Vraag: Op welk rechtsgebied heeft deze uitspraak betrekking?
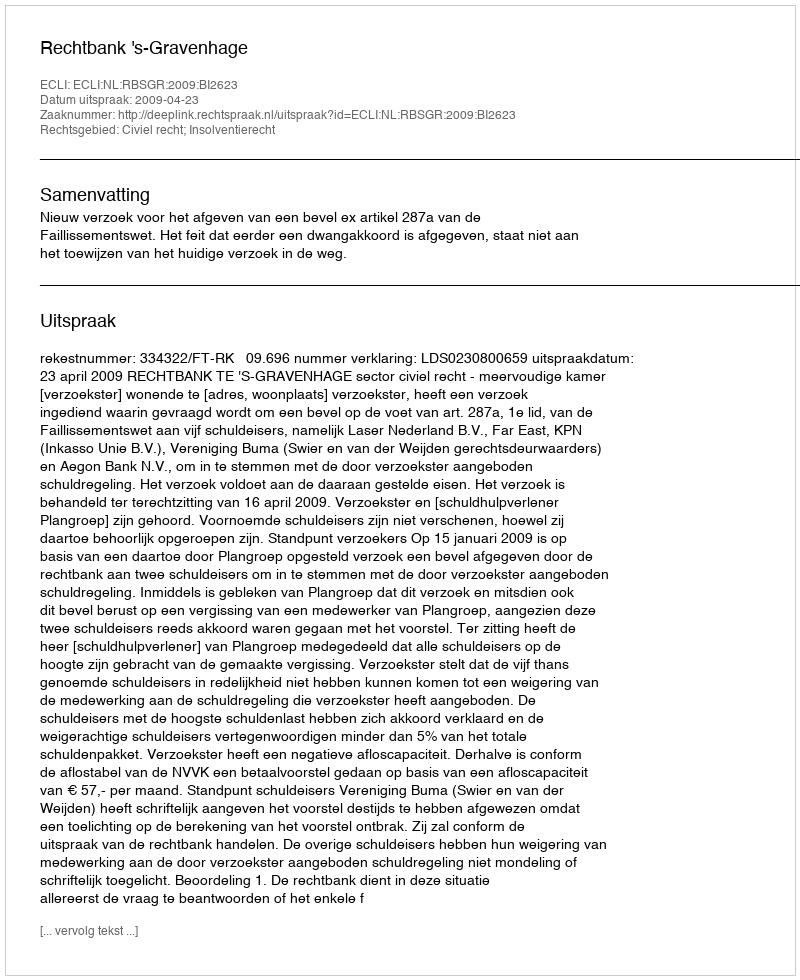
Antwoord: Civiel recht; Insolventierecht